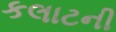
કલાટની